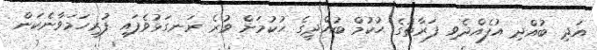
އަދި ބުއްދި އުފެއްދެވި ފަރާތުގެ ޙުކުމް ބުއްދީގެ ޙުކުމަށް ވުރެ ރަނގަޅުވެފައި ފުރިހަމަވާނެކަން